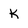
Character: K